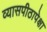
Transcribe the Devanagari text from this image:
व्यासपीठापेक्षा